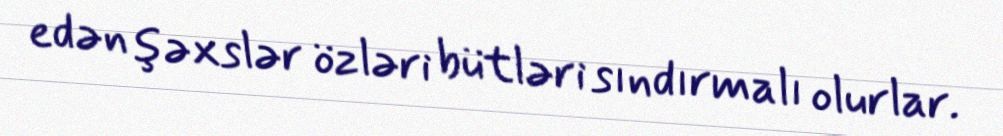
edən şəxslər özləri bütləri sındırmalı olurlar.